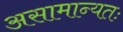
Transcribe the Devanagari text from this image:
असामान्यतः